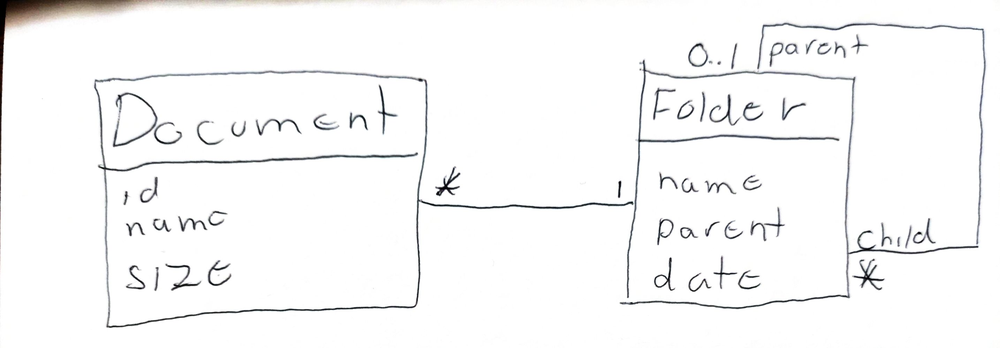
Diagram type: class_diagram
```plantuml
@startuml

class Document {
  id
  name
  size
}

class Folder {
  name
  parent
  date
}

Document "*" -- "1" Folder
Folder "child *" -- "0..1 parent" Folder

@enduml
```